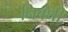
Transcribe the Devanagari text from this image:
निबंधी